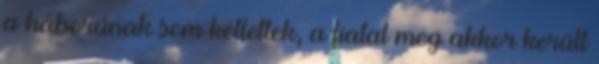
a háborúnak sem kellettek, a fiatal meg akkor került